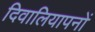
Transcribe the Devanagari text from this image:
दिवालियापनों